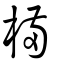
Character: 樠